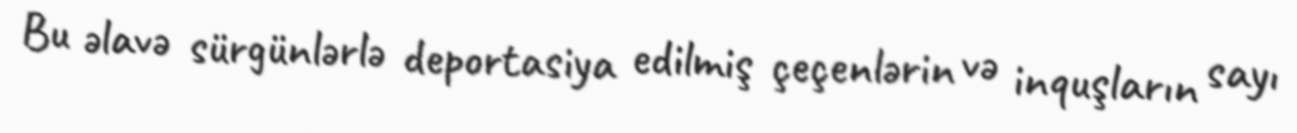
Bu əlavə sürgünlərlə deportasiya edilmiş çeçenlərin və inquşların sayı